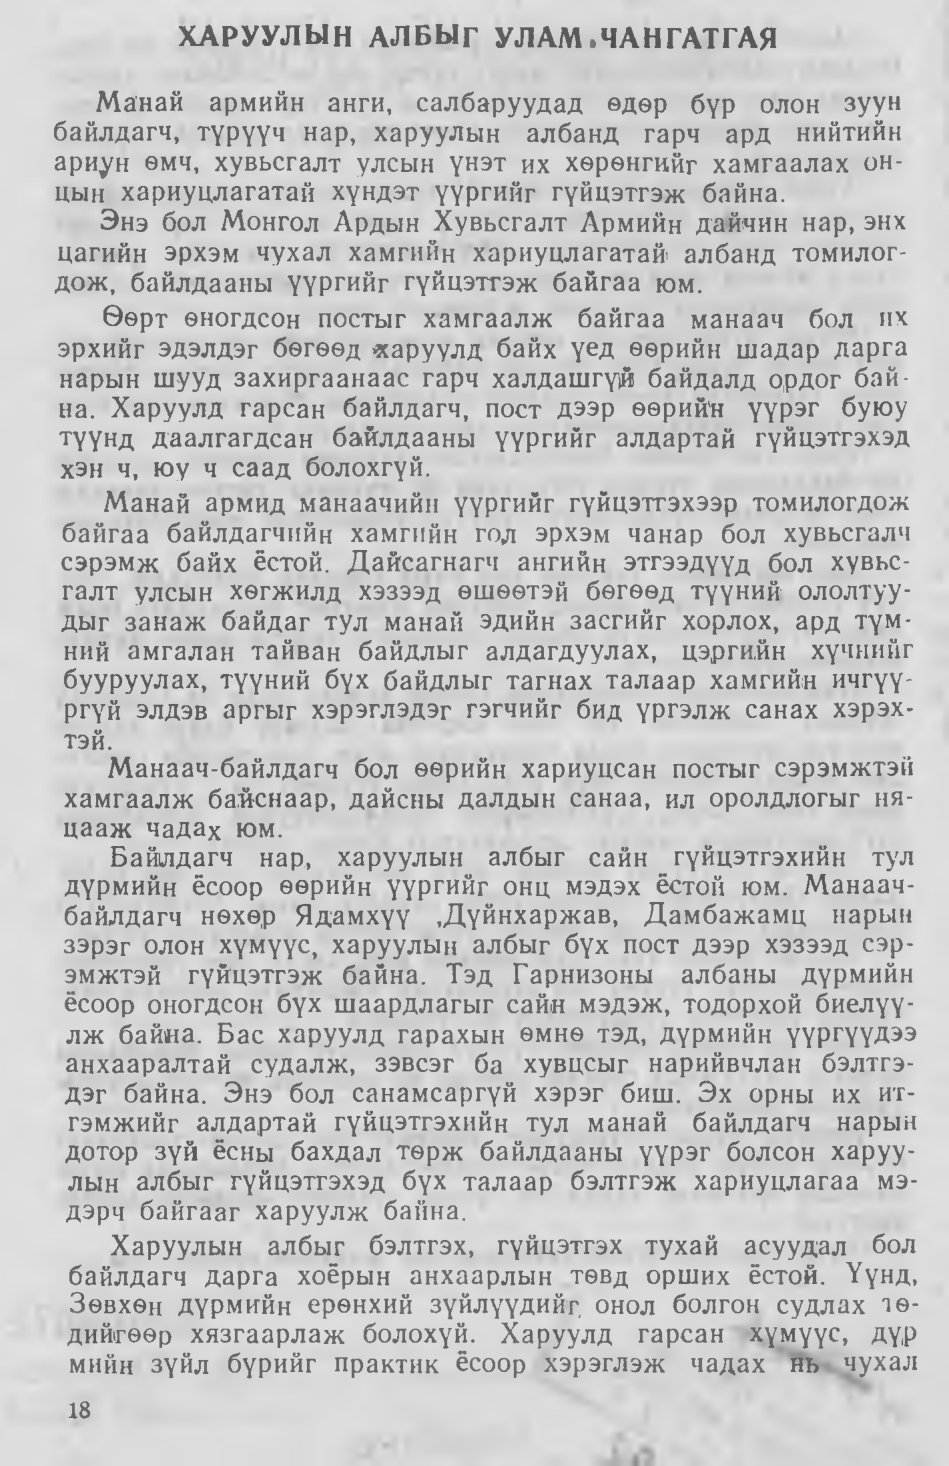
Language: mn